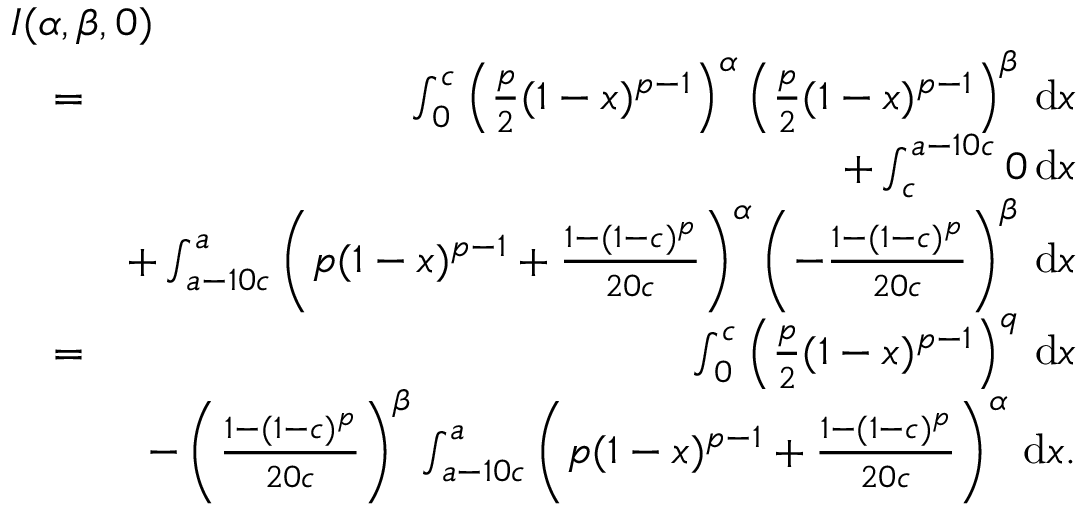
\begin{array} { r l r } { \lefteqn { I ( \alpha , \beta , 0 ) } } \\ & { = } & { \int _ { 0 } ^ { c } \left( \frac { p } { 2 } ( 1 - x ) ^ { p - 1 } \right) ^ { \alpha } \left( \frac { p } { 2 } ( 1 - x ) ^ { p - 1 } \right) ^ { \beta } \, \mathrm { d } x } \\ & { } & { + \int _ { c } ^ { a - 1 0 c } 0 \, \mathrm { d } x } \\ & { } & { + \int _ { a - 1 0 c } ^ { a } \left( p ( 1 - x ) ^ { p - 1 } + \frac { 1 - ( 1 - c ) ^ { p } } { 2 0 c } \right) ^ { \alpha } \left( - \frac { 1 - ( 1 - c ) ^ { p } } { 2 0 c } \right) ^ { \beta } \, \mathrm { d } x } \\ & { = } & { \int _ { 0 } ^ { c } \left( \frac { p } { 2 } ( 1 - x ) ^ { p - 1 } \right) ^ { q } \, \mathrm { d } x } \\ & { } & { - \left( \frac { 1 - ( 1 - c ) ^ { p } } { 2 0 c } \right) ^ { \beta } \int _ { a - 1 0 c } ^ { a } \left( p ( 1 - x ) ^ { p - 1 } + \frac { 1 - ( 1 - c ) ^ { p } } { 2 0 c } \right) ^ { \alpha } \, \mathrm { d } x . } \end{array}